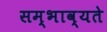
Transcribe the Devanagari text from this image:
सम्भाव्यते